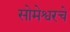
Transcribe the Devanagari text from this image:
सोमेश्वरचे